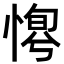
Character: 𢞛